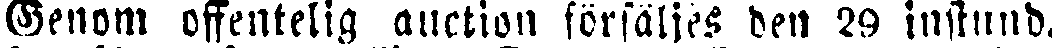
Genom offentelig auction försäljes den 29 instund.